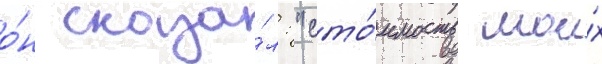
о́н сказа́л: "сто́имость мои́х